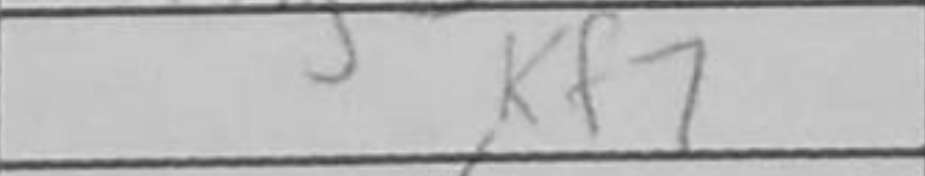
Transcription: Kf7